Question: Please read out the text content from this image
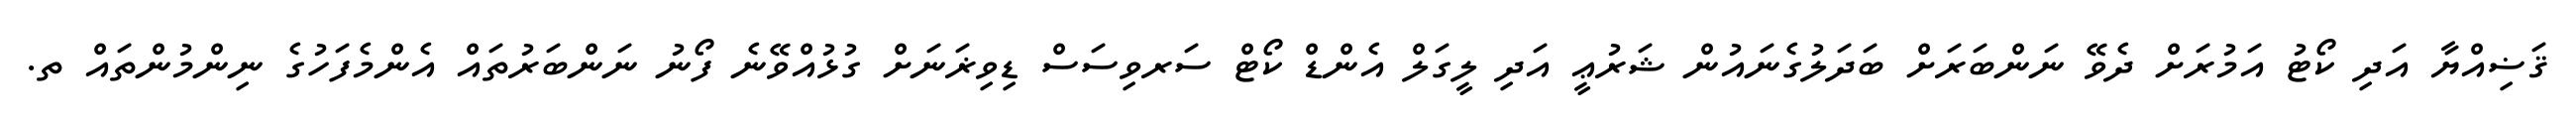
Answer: ޤަޟިއްޔާ އަދި ކޯޓު އަމުރަށް ދެވޭ ނަންބަރަށް ބަދަލުގެނައުން ޝަރުޢީ އަދި ލީގަލް އެންޑް ކޯޓް ސަރވިސަސް ޑިވިޜަނަށް ގުޅުއްވޭނެ ފޯނު ނަންބަރުތައް އެންމެފަހުގެ ނިންމުންތައް ތ.